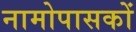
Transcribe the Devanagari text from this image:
नामोपासकों